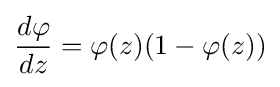
{\frac {d\varphi }{dz}}=\varphi (z)(1-\varphi (z))